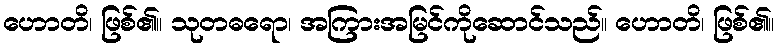
ဟောတိ၊ ဖြစ်၏။ သုတဓရော၊ အကြားအမြင်ကိုဆောင်သည်။ ဟောတိ၊ ဖြစ်၏။